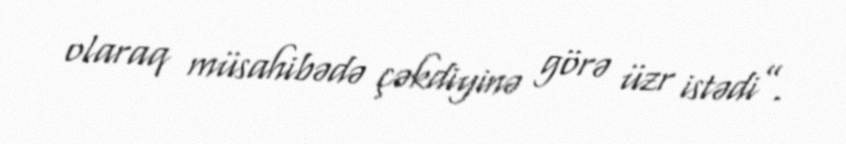
olaraq müsahibədə çəkdiyinə görə üzr istədi”.